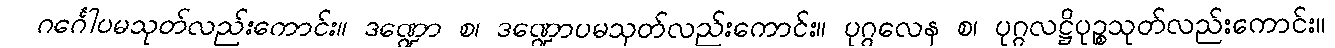
ဂင်္ဂေါပမသုတ်လည်းကောင်း။ ဒဏ္ဍော စ၊ ဒဏ္ဍောပမသုတ်လည်းကောင်း။ ပုဂ္ဂလေန စ၊ ပုဂ္ဂလဋ္ဌိပုဉ္စသုတ်လည်းကောင်း။